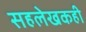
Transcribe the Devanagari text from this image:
सहलेखकही